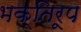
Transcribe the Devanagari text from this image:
भक्तिरूप